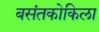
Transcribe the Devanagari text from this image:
बसंतकोकिला